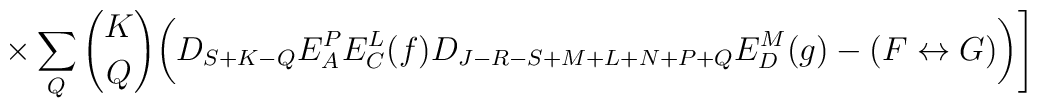
\times \sum_Q {K \choose Q}\biggl( D_{S+K-Q}E^P_AE^L_C(f)D_{J-R-S+M+L+N+P+Q}E^M_D(g)-(F \leftrightarrow G)\biggr)\Biggr]